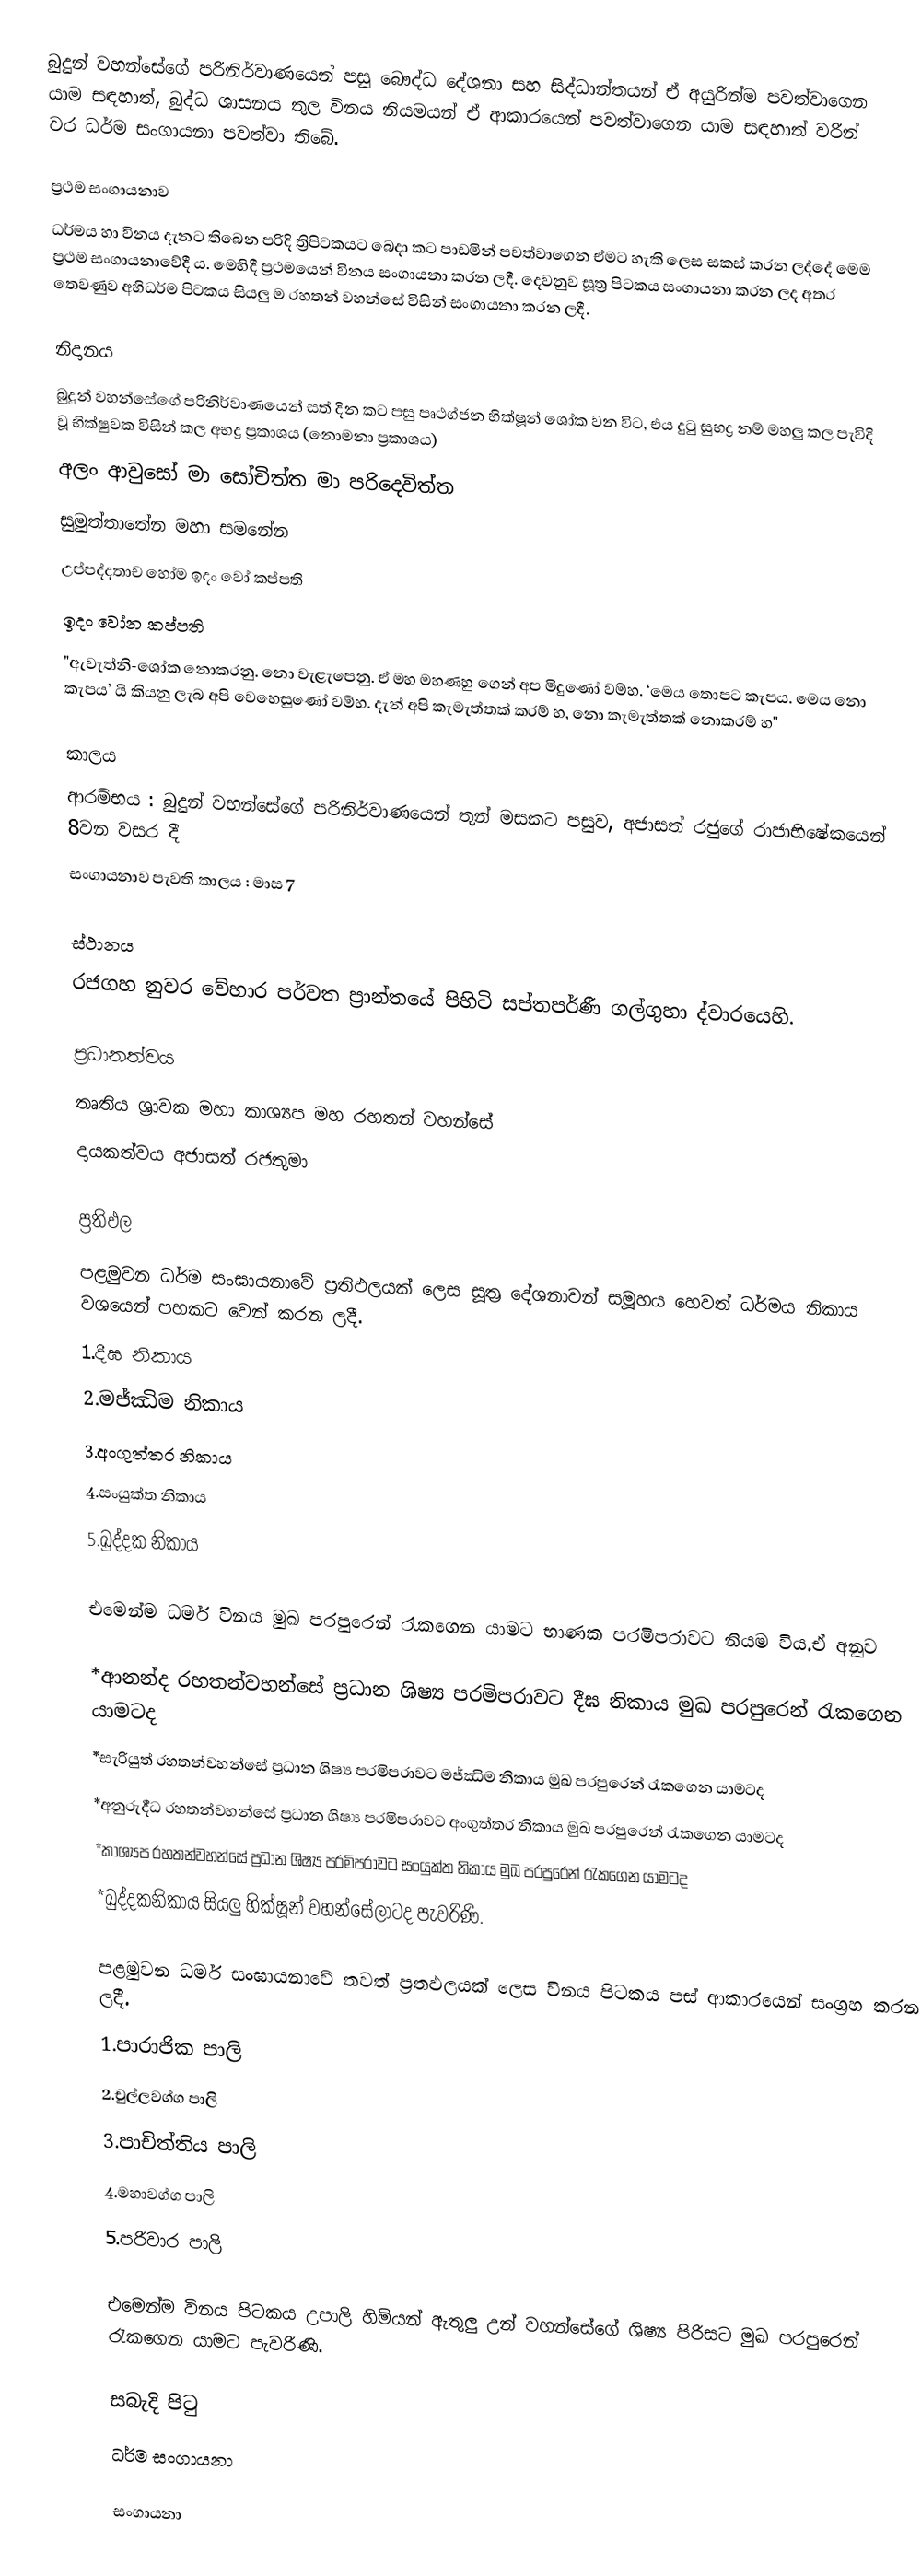
‍බුදුන් වහන්සේගේ පරිනිර්වාණයෙන් පසු බෞද්ධ දේශනා සහ සිද්ධාන්තයන් ඒ අයුරින්ම පවත්වාගෙන යාම සඳහාත්, බුද්ධ ශාසනය තුල විනය නියමයන් ඒ ආකාරයෙන් පවත්වාගෙන යාම සඳහාත් වරින් වර ධර්ම සංගායනා පවත්වා තිබේ.

‍ප්‍රථම සංගායනාව
ධර්මය හා විනය දැනට තිබෙන පරිදි ත්‍රිපිටකයට බෙදා කට පාඩමින් පවත්වාගෙන ඒමට හැකි ලෙස සකස් කරන ලද්දේ මෙම ප්‍රථම සංගායනාවේදී ය. මෙහිදී ප්‍රථමයෙන් විනය සංගායනා කරන ලදී. දෙවනුව සූත්‍ර පිටකය සංගායනා කරන ලද අතර තෙවණුව අභිධර්ම පිටකය සියලු ම රහතන් වහන්සේ විසින් සංගායනා කරන ලදී.

නිදානය
‍බුදුන් වහන්සේගේ පරිනිර්වාණයෙන් සත් දින කට පසු පෘථග්ජන භික්ෂූන් ශෝක වන විට, එය දුටු  සුභද්‍ර නම් මහලු කල පැවිදි වූ භික්ෂුවක විසින් කල අභද්‍ර ප්‍රකාශය (නොමනා ප්‍රකාශය)
              අලං ආවුසෝ මා සෝචිත්ත මා පරිදෙවිත්ත
              සුමුත්තාතේන මහා සමනේන
              උප්පද්දතාච හෝම ඉදං වෝ කප්පති
              ඉදං වෝන කප්පති
"ඇවැත්නි-‍ශෝක නොකරනු. නො වැළැපෙනු. ඒ මහ මහණහු ගෙන් අප මිදුණෝ වම්හ. ‘මෙය තොපට කැපය. මෙය නො කැපය’ යී කියනු ලැබ අපි වෙහෙසුණෝ වම්හ. දැන් අපි කැමැත්තක් කරම් හ, නො කැමැත්තක් නොකරම් හ"

කාලය
‍ආරම්භය : බුදුන් වහන්සේගේ පරිනිර්වාණයෙන් තුන් මසකට පසුව, අජාසත් රජුගේ රාජාභිෂේකයෙන් 8වන වසර දී
සංගායනාව පැවති කාලය : මාස 7

ස්ථානය
රජගහ නුවර ‍‍වේහාර පර්වත ප්‍රාන්තයේ පිහිටි සප්තපර්ණී ගල්ගුහා ද්වාරයෙහි.

ප්‍රධානත්වය
තෘතිය ශ්‍රාවක මහා කාශ්‍යප මහ රහතන් වහන්සේ
දායකත්වය අජාසත් රජතුමා

ප්‍රතිඵල
පළමුවන ධර්ම සංඝායනාවේ ප්‍රතිඵලයක් ලෙස සූත්‍ර දේශනාවන් සමූහය හෙවත් ධර්මය නිකාය වශයෙන් පහකට වෙන් කරන ලදී.
          1.දීඝ නිකාය
          2.මජ්ඣිම නිකාය
          3.අංගුත්තර නිකාය
          4.සංයුක්ත නිකාය
          5.ඛුද්දක නිකාය

එමෙන්ම ධර්ම විනය මුඛ පරපුරෙන් රැකගෙන යාමට භාණක පරමිපරාවට නියම විය.ඒ අනුව

  *ආනන්ද රහතන්වහන්සේ ප්‍රධාන ශිෂ්‍ය පරමිපරාවට දීඝ නිකාය මුඛ පරපුරෙන් රැකගෙන යාමටද
  *සැරියුත්  රහතන්වහන්සේ ප්‍රධාන ශිෂ්‍ය පරමිපරාවට මජ්ඣිම නිකාය මුඛ පරපුරෙන් රැකගෙන යාමටද
  *අනුරුර්‍ද්ධ  රහතන්වහන්සේ ප්‍රධාන ශිෂ්‍ය පරමිපරාවට අංගුත්තර නිකාය මුඛ පරපුරෙන් රැකගෙන යාමටද
  *කාශ්‍යප රහතන්වහන්සේ ප්‍රධාන ශිෂ්‍ය පරමිපරාවට සංයුක්ත නිකාය මුඛ පරපුරෙන් රැකගෙන යාමටද
  *ඛුද්දකනිකාය සියලු භික්ෂූන් වහන්සේලාටද පැවරිණි.

පළමුවන ධර්ම සංඝායනාවේ තවත් ප්‍රතඵලයක් ලෙස විනය පිටකය පස් ආකාරයෙන් සංග්‍රහ කරන ලදී.
          1.පාරාජික පාලි
          2.චුල්ලවග්ග පාලි
          3.පාචිත්තිය පාලි
          4.මහාවග්ග පාලි
          5.පරිවාර පාලි

එමෙන්ම විනය පිටකය උපාලි හිමියන් ඇතුලු උන් වහන්සේගේ ශිෂ්‍ය පිරිසට  මුඛ පරපුරෙන් රැකගෙන යාමට පැවරිණි.

සබැදි පිටු
 ධර්ම සංගායනා

සංගායනා